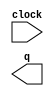
// megafunction wizard: %LPM_COUNTER%VBB%
// GENERATION: STANDARD
// VERSION: WM1.0
// MODULE: lpm_counter 

// ============================================================
// Megafunction Name(s):
// 			lpm_counter
// ============================================================
// ************************************************************
// THIS IS A WIZARD-GENERATED FILE. DO NOT EDIT THIS FILE!
//
// 6.0 Build 202 06/20/2006 SP 1 SJ Web Edition
// ************************************************************

//Copyright (C) 1991-2006 Altera Corporation
//Your use of Altera Corporation's design tools, logic functions 
//and other software and tools, and its AMPP partner logic 
//functions, and any output files any of the foregoing 
//(including device programming or simulation files), and any 
//associated documentation or information are expressly subject 
//to the terms and conditions of the Altera Program License 
//Subscription Agreement, Altera MegaCore Function License 
//Agreement, or other applicable license agreement, including, 
//without limitation, that your use is for the sole purpose of 
//programming logic devices manufactured by Altera and sold by 
//Altera or its authorized distributors.  Please refer to the 
//applicable agreement for further details.

module lpm_counter3 (
	clock,
	q);

	input	  clock;
	output	[2:0]  q;

endmodule

// ============================================================
// CNX file retrieval info
// ============================================================
// Retrieval info: PRIVATE: ACLR NUMERIC "0"
// Retrieval info: PRIVATE: ALOAD NUMERIC "0"
// Retrieval info: PRIVATE: ASET NUMERIC "0"
// Retrieval info: PRIVATE: ASETV NUMERIC "0"
// Retrieval info: PRIVATE: ASET_ALL1 NUMERIC "1"
// Retrieval info: PRIVATE: CLK_EN NUMERIC "0"
// Retrieval info: PRIVATE: CNT_EN NUMERIC "0"
// Retrieval info: PRIVATE: CarryIn NUMERIC "0"
// Retrieval info: PRIVATE: CarryOut NUMERIC "0"
// Retrieval info: PRIVATE: Direction NUMERIC "0"
// Retrieval info: PRIVATE: ModulusCounter NUMERIC "1"
// Retrieval info: PRIVATE: ModulusValue NUMERIC "5"
// Retrieval info: PRIVATE: SCLR NUMERIC "0"
// Retrieval info: PRIVATE: SLOAD NUMERIC "0"
// Retrieval info: PRIVATE: SSET NUMERIC "0"
// Retrieval info: PRIVATE: SSETV NUMERIC "0"
// Retrieval info: PRIVATE: SSET_ALL1 NUMERIC "1"
// Retrieval info: PRIVATE: nBit NUMERIC "3"
// Retrieval info: CONSTANT: LPM_DIRECTION STRING "UP"
// Retrieval info: CONSTANT: LPM_MODULUS NUMERIC "5"
// Retrieval info: CONSTANT: LPM_PORT_UPDOWN STRING "PORT_UNUSED"
// Retrieval info: CONSTANT: LPM_TYPE STRING "LPM_COUNTER"
// Retrieval info: CONSTANT: LPM_WIDTH NUMERIC "3"
// Retrieval info: USED_PORT: clock 0 0 0 0 INPUT NODEFVAL clock
// Retrieval info: USED_PORT: q 0 0 3 0 OUTPUT NODEFVAL q[2..0]
// Retrieval info: CONNECT: @clock 0 0 0 0 clock 0 0 0 0
// Retrieval info: CONNECT: q 0 0 3 0 @q 0 0 3 0
// Retrieval info: LIBRARY: lpm lpm.lpm_components.all
// Retrieval info: GEN_FILE: TYPE_NORMAL lpm_counter3.v TRUE
// Retrieval info: GEN_FILE: TYPE_NORMAL lpm_counter3.inc FALSE
// Retrieval info: GEN_FILE: TYPE_NORMAL lpm_counter3.cmp FALSE
// Retrieval info: GEN_FILE: TYPE_NORMAL lpm_counter3.bsf TRUE FALSE
// Retrieval info: GEN_FILE: TYPE_NORMAL lpm_counter3_inst.v FALSE
// Retrieval info: GEN_FILE: TYPE_NORMAL lpm_counter3_bb.v TRUE